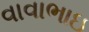
વાવાભાઇ